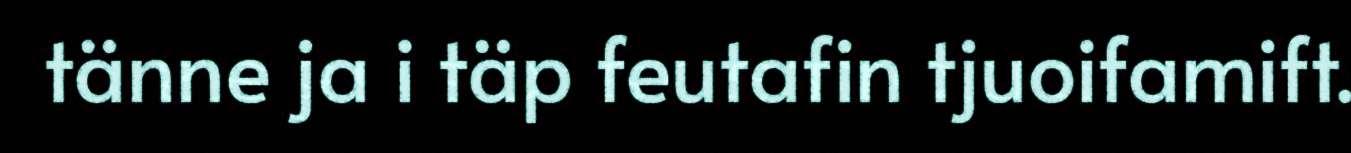
tänne ja i täp feutafin tjuoifamift.